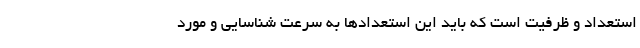
استعداد و ظرفیت است که باید این استعدادها به سرعت شناسایی و مورد